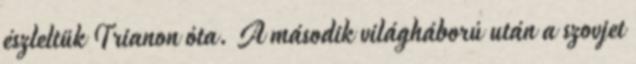
észleltük Trianon óta. A második világháború után a szovjet